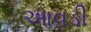
આવડી